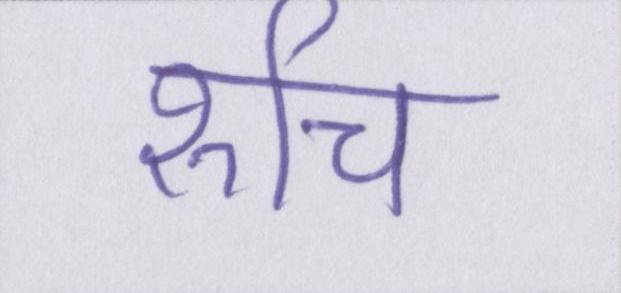
रूचि